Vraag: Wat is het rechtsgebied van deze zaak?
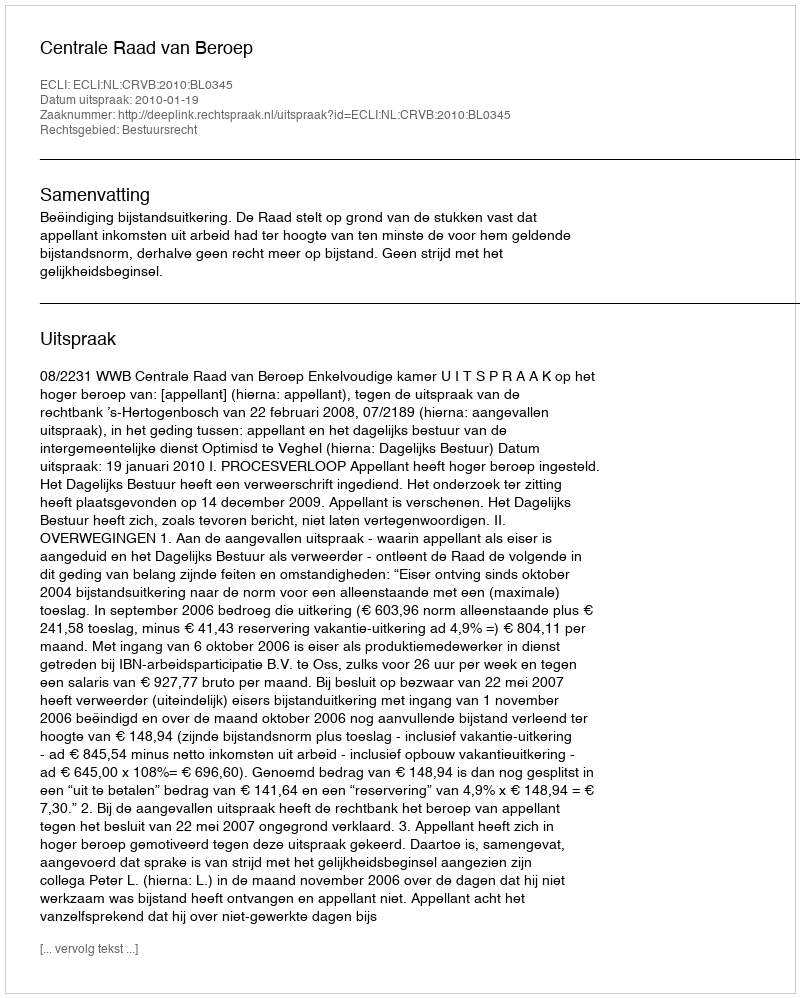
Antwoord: Bestuursrecht